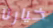
خيارنا